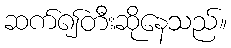
ဆက်၍တီးဆိုနေသည်။